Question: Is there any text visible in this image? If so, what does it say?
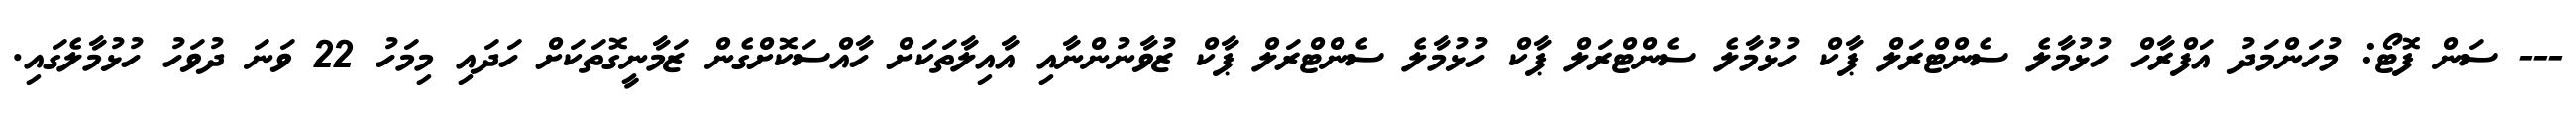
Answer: --- ސަން ފޮޓޯ: މުހަންމަދު އަފްރާހް ހުޅުމާލެ ސެންޓްރަލް ޕާކް ހުޅުމާލެ ސެންޓްރަލް ޕާކް ހުޅުމާލެ ސެންޓްރަލް ޕާކް ޒުވާނުންނާއި އާއިލާތަކަށް ހާއްސަކޮށްގެން ޒަމާނީގޮތަކަށް ހަދައި މިމަހު 22 ވަނަ ދުވަހު ހުޅުމާލެގައި.